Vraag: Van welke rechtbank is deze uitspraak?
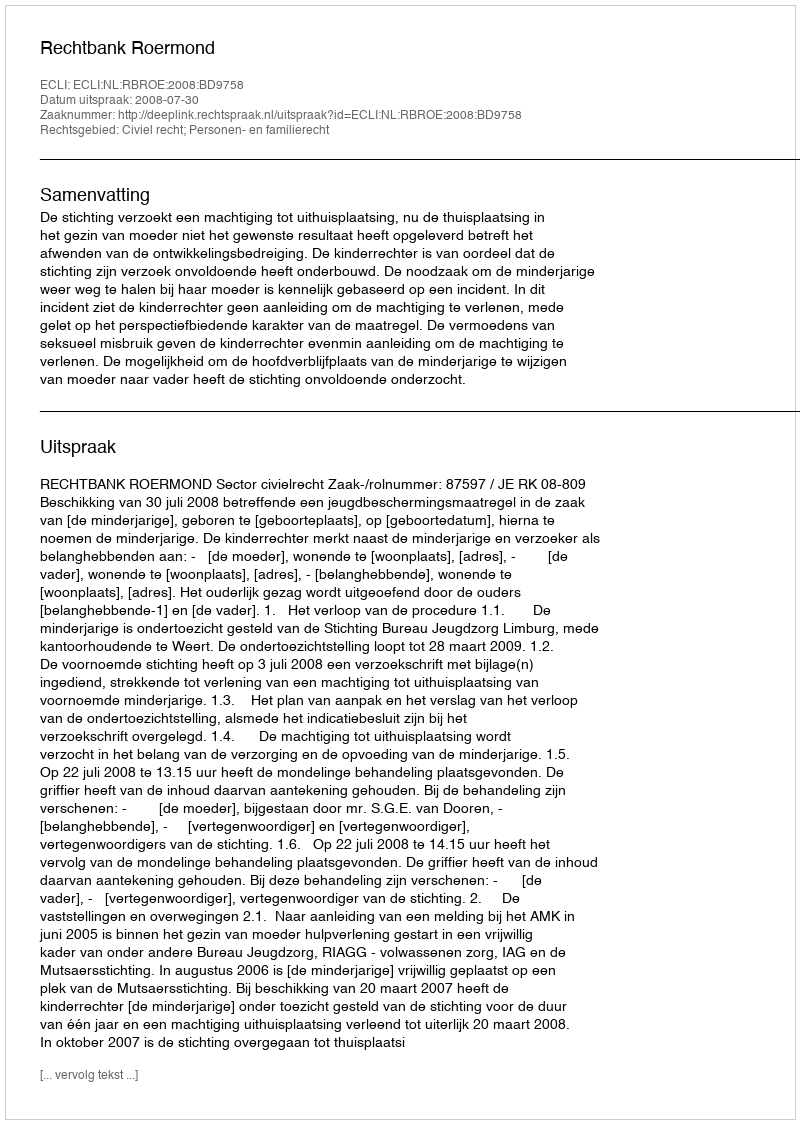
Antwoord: Rechtbank Roermond